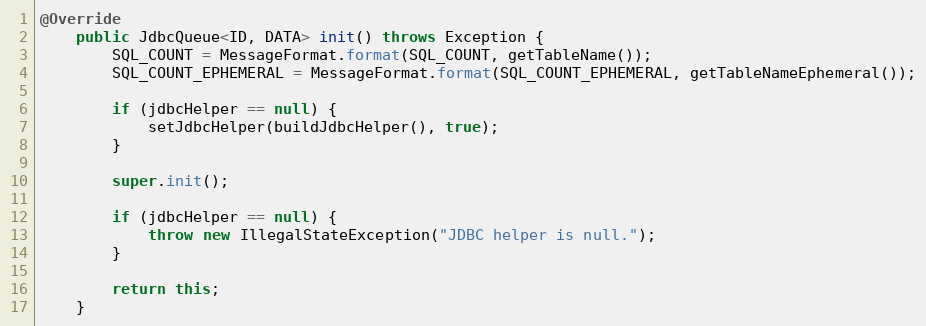
Language: Java
@Override
    public JdbcQueue<ID, DATA> init() throws Exception {
        SQL_COUNT = MessageFormat.format(SQL_COUNT, getTableName());
        SQL_COUNT_EPHEMERAL = MessageFormat.format(SQL_COUNT_EPHEMERAL, getTableNameEphemeral());

        if (jdbcHelper == null) {
            setJdbcHelper(buildJdbcHelper(), true);
        }

        super.init();

        if (jdbcHelper == null) {
            throw new IllegalStateException("JDBC helper is null.");
        }

        return this;
    }